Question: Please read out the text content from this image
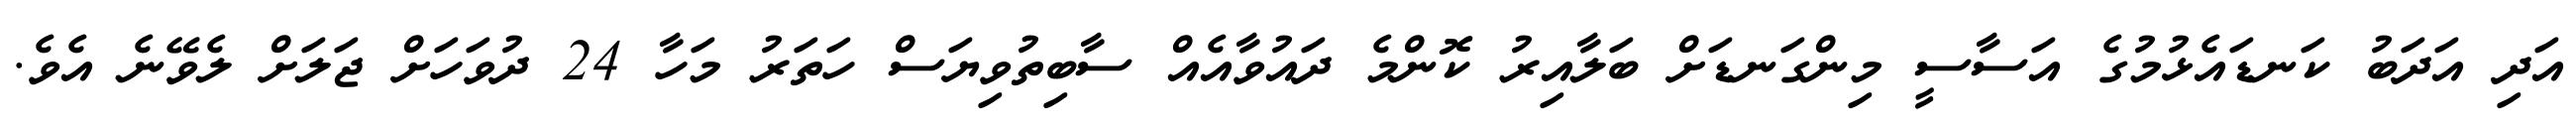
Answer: އަދި އަދަބު ކަނޑައެޅުމުގެ އަސާސީ މިންގަނޑަށް ބަލާއިރު ކޮންމެ ދައުވާއެއް ސާބިތުވިޔަސް ހަތަރު މަހާ 24 ދުވަހަށް ޖަލަށް ލެވޭނެ އެވެ.